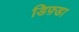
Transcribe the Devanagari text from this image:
डिफ़्डा